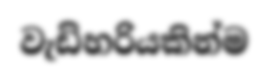
වැඩිහරියකින්ම